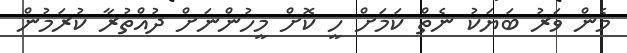
މެން ވަރު ބަޔަކު ނެތް ކަމަށް ހީ ކޮށް މީހުންނަށް ދުއްތުރާ ކުރަމުން